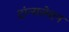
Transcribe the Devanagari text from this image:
ट्रांन्सलेशन